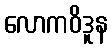
လောကဝိဒူန